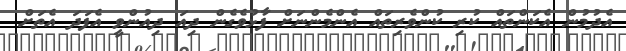
އެދުމުން އެކަންތައް ކުރި ކުންވެރިތައް އެންމެންނަށް ފާޅުވެގެން ދިއަ ދިއުންވީ އެފަދަ އެތަށް